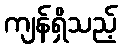
ကျန်ရှိသည့်